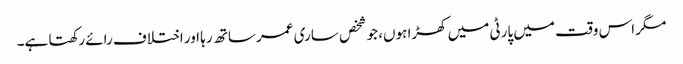
مگر اس وقت میں پارٹی میں کھڑا ہوں، جو شخص ساری عمر ساتھ رہا اور اختلاف رائے رکھتا ہے۔